Medical and sanitary report on the native army of Bombay for the year
Year: 1879
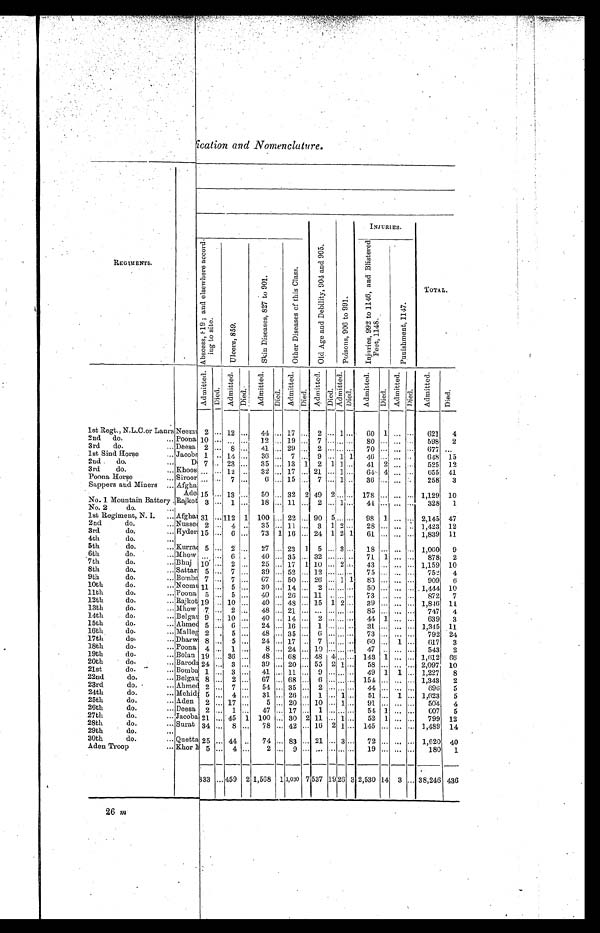
REGIMENTS.
INJURIES.
A b s c e s s , 8 1 9 ; a n d e l s e w h e r e a c c o r d -
i n g t o s i t e .
U l c e r s , 8 5 9 .
S k i n D i s e a s e s , 8 2 7 t o 9 0 1 .
O t h e r D i s e a s e s o f t h i s C l a s s .
O l d A g e a n d D e b i l i t y , 9 0 4 a n d 9 0 5 .
P o i s o n s , 9 0 6 t o 9 9 1 .
I n j u r i e s , 9 9 2 t o 1 1 4 6 , a n d B l i s t e r e d F e e t , 1 1 4 8 .
P u n i s h m e n t , 1 1 4 7 .
TOTAL.
Admi t t e d.
D i e d .
A d m i t t e d .
D i e d .
A d m i t t e d .
D i e d .
Ad mi t t e d . D i e d . A d m i t t e d .
D i e d .
A d m i t t e d .
D i e d .
A d m i t t e d .
D i e d .
A d m i t t e d .
D i e d .
A d m i t t e d .
Died.
1st Regt., N.L.C.or Lanrs Neemu 2 ... 12 ... 44 ... 17 ... 2 ... 1 ... 60 1 ... . . . 621 4
2nd do.
... Poona 10 ... ... ... 12 ... 19 ... 7 ... ... ... 80 ... ... . . . 598 2
3rd do.
... Deesa 2 ... 8 ... 41 ... 29 ... 2 ... ... ... 70 ...
. . . ... 677
. . .
1st Sind Horse
... Jacoba 1 .. 14 ... 36 . . . 7 . . . 9 ... 1 1 46 ... ... .. 648 15
2nd. do.
. . . D 7 .. 23 ... 35 ... 13 1 2 1 1 ... 41 2 . . . ... 525 12
3rd do.
... Khoos ... ... 12 .. 32 ... 17 ... 21 ... 1 ... 64 4 . . . ... 655 41
Poona Horse
... Siroor ... ... 7 ...
6 . . . 15 ... 7 ... 1 ... 36 . . . ...
..
258 3
Sappers and Miners ... Afgha
Ade 15 ... 13 ... 50 ... 32 2 49 2 ... ... 178
... ...
... 1,129 10
No. 1 Mountain Battery . Rajkot 3 ... 1 ... 18 ... 11 ... 2 ... 1 ... 44 ... ... ... 328 1
No. 2
do.
...
1st Regiment, N. I. ... Afgha 31 ... 112 1 100 ... 22 ... 90 5 ... ... 98 1 ... . . . 2,145 47
2nd
do.
... Nussee 2 ... 4 .. 35 ... 11 ... 3 1 2 ... 28 ... ... .. 1,423 12
3rd
do.
. . .
Hyder 15 ... 6 ... 73 1 16 ... 24 1 2 1 61 ... ... ... 1,839 11
4th
do.
...
5th
do.
... Kurra 5 ... 2 ... 27 ... 23 1 5 . . . 3 . . . 18 ... ... ... 1,060 9
6th
do.
... Mhow ... ... 6 .
40 ... 35 ... 32 ... ... .. 71 1 ... ... 878 2
7th
do.
. . .
Bhuj 10 ... 2 ... 25 ... 17 1 10 ... 2 . . .
43 . . . ... ... 1,159 10
8th
do.
... Sattar 5 ... 7 ... 39 ... 52 ... 12 ... ... ... 75 ... ... ... 752 4
9th
do.
... Bomba 7 ... 7 ... 67 ... 50 ... 26 ... 1 1 83 ... ... ... 909 6
10th
do.
. . .
Neemu 11 ... 5 ... 30 ... 14 ... 2 ... ... . . . 50 ... ... . . . 1,444 10
11th
do.
. . . Poona 5 ... 5 ... 40 ... 26 ... 11 .. . . . ... 73 . . . . . ... 872 7
12th
do.
. . . Rajkot 19 ... 10 ... 40 ... 48 ... 15 1 2 ... 39 ...
...
... 1,846
1 1
13th
do.
. . . Mhow 7 ... 2 ... 48 ... 21 ... ... . . . . . . . . . 85 . . . ... . . . 747 4
14th
do.
. . . Belgau 9 ... 10 ... 40 ... 14 ... 2 ... ... . . . 44 1 ... ... 639 3
15th
do.
... Ahmed 5 ... 6 ... 24 ... 16 ... 1 ... ... . . . 31 ... ... ... 1,345 11
16th
do.
. . . Malleg 2 . 5 ... 48 ... 35 ... 6 ... ... . . . 73 ... ... ... 792 24
17th
do.
... Dharw 8 ... 5 ... 24 ... 17 ... 7 ... ... . . .
6 0
... 1 ... 617 3
18th
do.
... Poona 4 ... 1 ...
8 ... 24 ... 10 ... ... . . . 47 .. ... ... 543 2
19th
do.
... Bolan 19 ... 36 ... 48 ... 68 ... 48 4 ... ... 143 1 ... ... 1,612 66
20th
do.
. . .
B a r o d a 24 ... 3 ... 39 ... 20 ... 55 2 1 ... 58 ... ... ... 2,097 10
21st
do.
... Bomba 1 ... 3 ... 41 ... 11 ... 9 ... ... ... 49 1 1 ... 1,227 8
22nd
do.
... Belgau 8 ... 2 ... 67 ... 68 ... 6 ... ... ... 154 ... ... ... 1,343 2
23rd
do.
. . . Ahmed 2 ... 7 ... 54 ... 35 ... 2 . . . . . . ... 44 ... . . . . . . 696 5
24th
do.
... Mehid 5 ... 4 ... 31 ... 26 ... 1 ... 1 ... 51 ... 1 ... 1,623 5
25th
do.
... Aden 2 ... 17 ...
5 ... 20 ... 10 . . . 1 ... 91 ... ... ... 504 4
26th
do.
... Deesa 2 ... 1 ... 47 ... 17 ... 1 ... ... ... 54 1 ... ... 607 5
27th
do.
... Jacoba 21 ... 45 1 100 ... 30 2 11 ... 1 ... 52 1 ... ... 799 12
28th
do.
... Surat 34 ... 8 ... 78 ... 42 ... 16 2 1 ... 145 ... ... ... 1,489 14
29th
do.
. . .
30th
do.
... Quetta 25 ... 44 .. 74 ... 83 ... 21 ... 3 ... 72 ... ... ... 1,620 40
Aden Troop
. . .
Khor M 5
. . .
4
. . .
2
. . .
9
. . .
...
. . .
. . .
. . .
19
. . .
. . . . . .
180 1
333 ... 459 2 1,568 1 1,030 7 537 1 9 26 3 2,530 14 3 ... 38,246 436
26 m